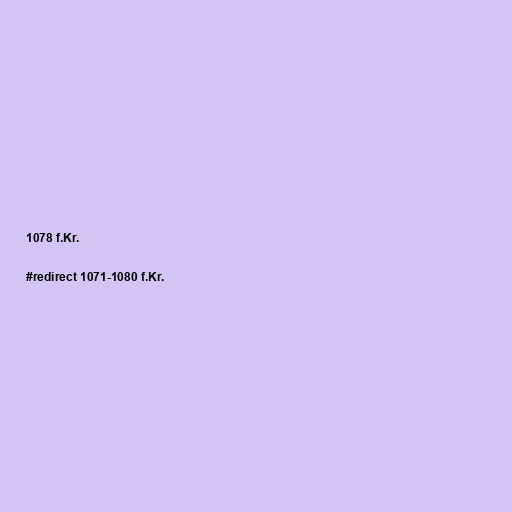
1078 f.Kr.

#redirect 1071-1080 f.Kr.